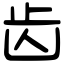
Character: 齿